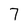
Character: 7